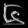
Digit: ၆